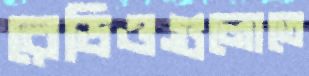
রেডিওগুলোতে